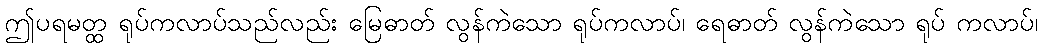
ဤပရမတ္ထ ရုပ်ကလာပ်သည်လည်း မြေဓာတ် လွန်ကဲသော ရုပ်ကလာပ်၊ ရေဓာတ် လွန်ကဲသော ရုပ် ကလာပ်၊